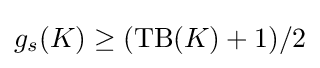
g_{s}(K)\geq ({\rm {TB}}(K)+1)/2